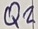
Text: Q2